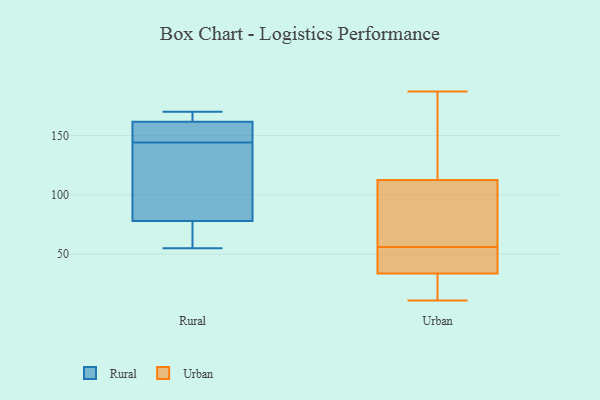
{"axis": {"x": "Latency (ms)", "y": "Value"}, "legend": ["Rural", "Urban"], "data": [{"x": "", "y": 156, "type": "Rural"}, {"x": "", "y": 161, "type": "Rural"}, {"x": "", "y": 162, "type": "Rural"}, {"x": "", "y": 148, "type": "Rural"}, {"x": "", "y": 55, "type": "Rural"}, {"x": "", "y": 170, "type": "Rural"}, {"x": "", "y": 99, "type": "Rural"}, {"x": "", "y": 140, "type": "Rural"}, {"x": "", "y": 70, "type": "Rural"}, {"x": "", "y": 162, "type": "Rural"}, {"x": "", "y": 58, "type": "Rural"}, {"x": "", "y": 86, "type": "Rural"}, {"x": "", "y": 92, "type": "Urban"}, {"x": "", "y": 46, "type": "Urban"}, {"x": "", "y": 63, "type": "Urban"}, {"x": "", "y": 11, "type": "Urban"}, {"x": "", "y": 114, "type": "Urban"}, {"x": "", "y": 36, "type": "Urban"}, {"x": "", "y": 20, "type": "Urban"}, {"x": "", "y": 56, "type": "Urban"}, {"x": "", "y": 108, "type": "Urban"}, {"x": "", "y": 187, "type": "Urban"}, {"x": "", "y": 18, "type": "Urban"}, {"x": "", "y": 124, "type": "Urban"}, {"x": "", "y": 41, "type": "Urban"}, {"x": "", "y": 164, "type": "Urban"}, {"x": "", "y": 33, "type": "Urban"}]}